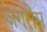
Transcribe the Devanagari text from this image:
ज़गरोस